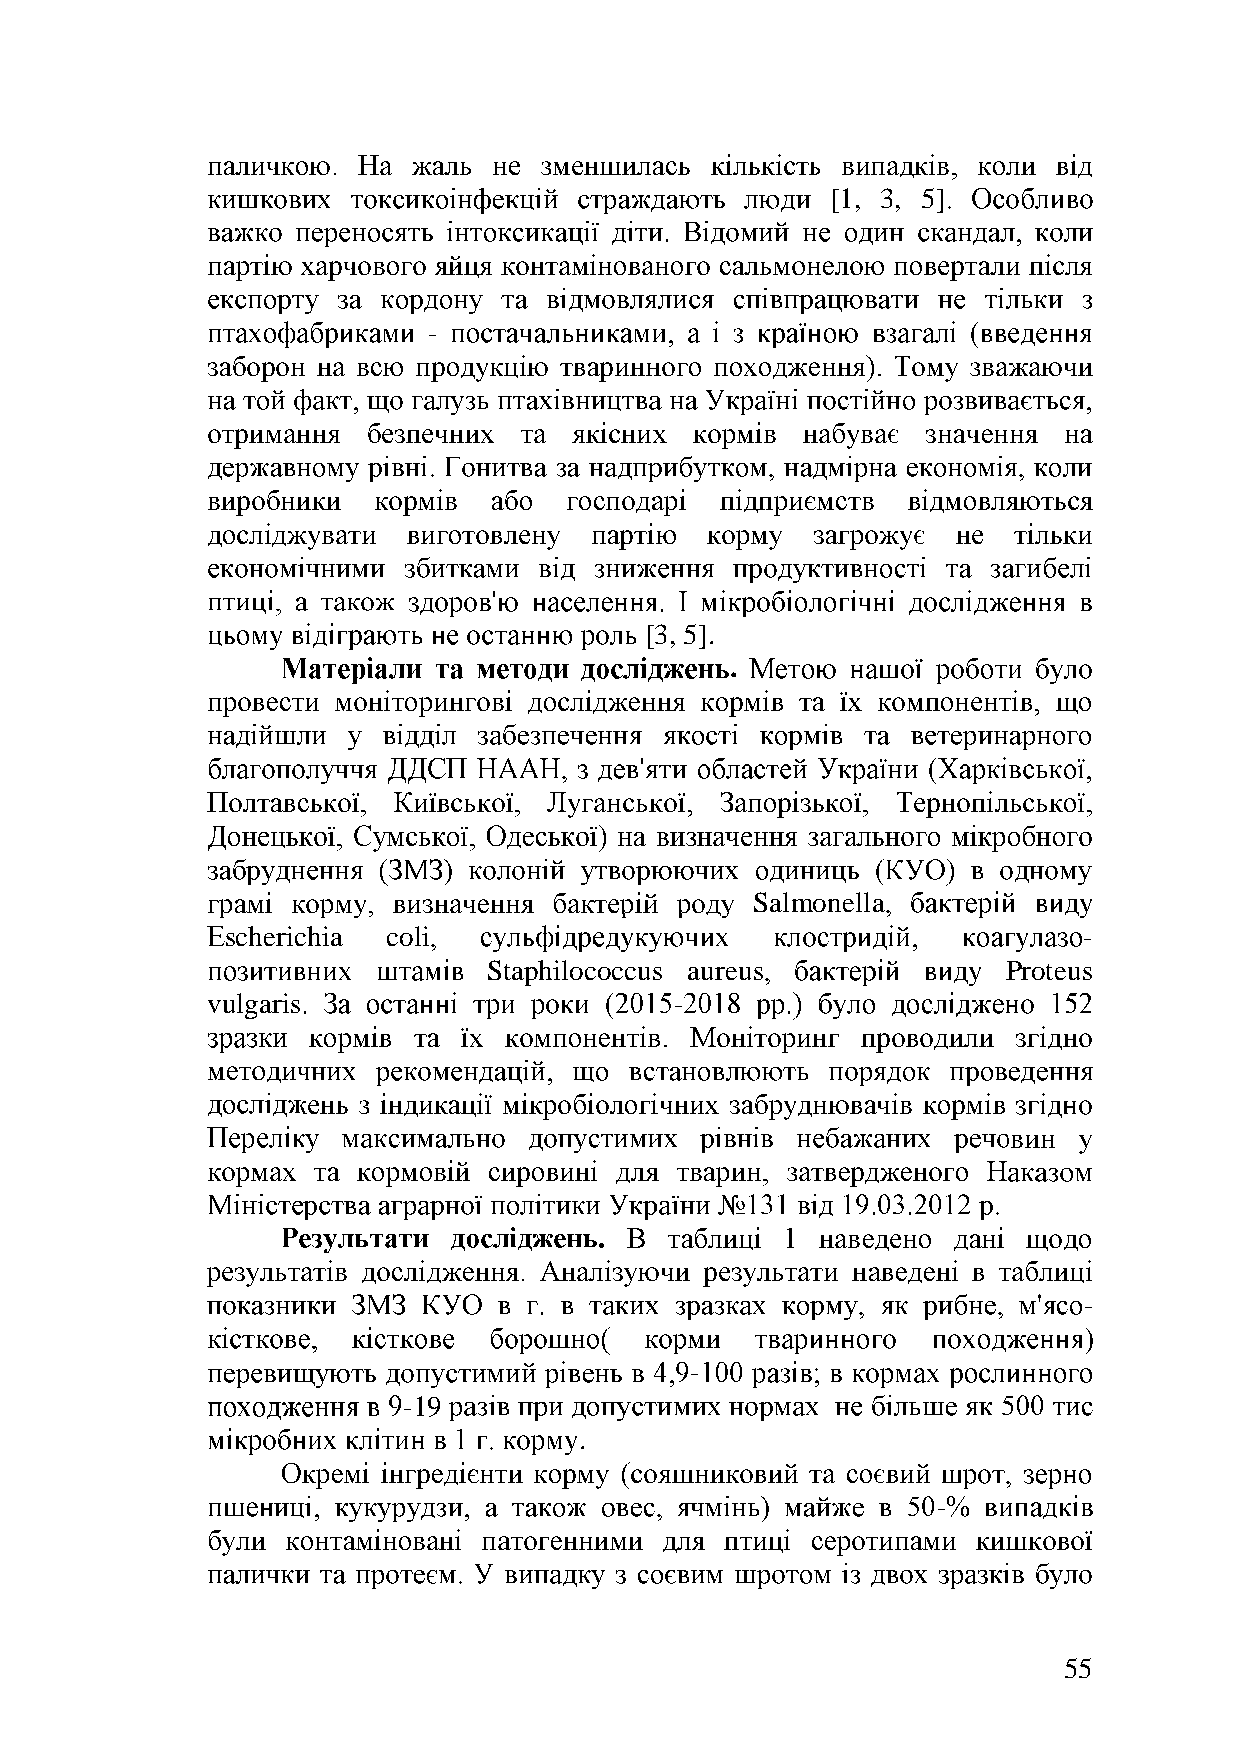
[1, 3, 5]
 -
 [3, 5].
 .
 Salmonella
 scherichia coli                                          -
 Staphilococcus aureus              Proteus
 vulgaris                       -
 -
 -
 -19
 .
 -
 55